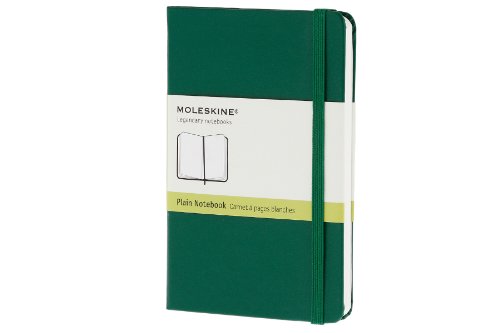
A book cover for Moleskine Classic Notebook, Pocket, Plain, Oxide Green, Hard Cover (3.5 x 5.5) (Classic Notebooks); Moleskine; Travel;